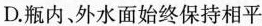
D. 瓶内，外水面始终保持相平